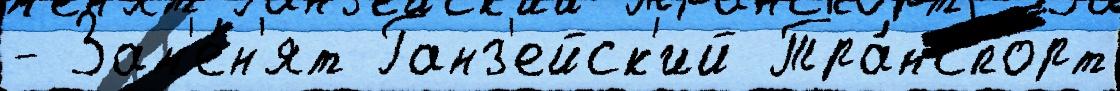
- Зам'е́н'ят Ганз'ейск'ий Тра́нспорт